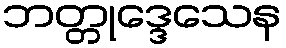
ဘတ္တုဒ္ဒေသေန